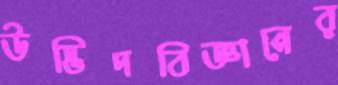
উদ্ভিদবিজ্ঞানের